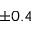
\pm 0 . 4